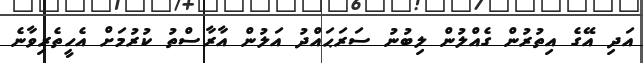
އަދި އޭގެ އިތުރުން ގެއްލުން ލިބުނު ސަރަޙައްދު އަލުން އާރާސްތު ކުރުމަށް އެހީތެރިވާނެ